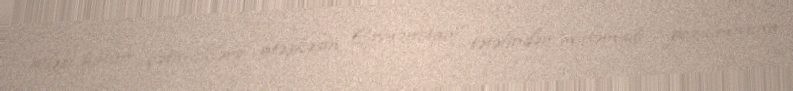
ailəsi bütün çətinliklərə, atəşkəsin Ermənstan tətəfindən mütəmadi pozulmasına